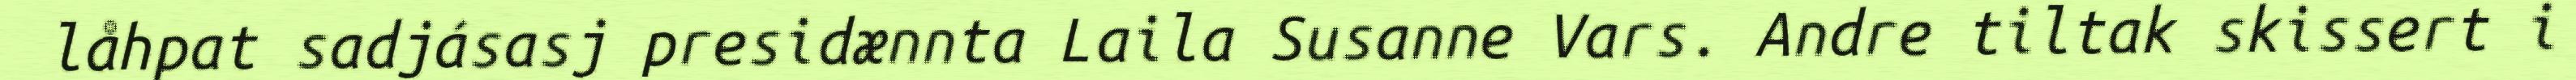
låhpat sadjásasj presidænnta Laila Susanne Vars. Andre tiltak skissert i